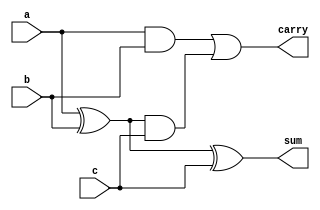
module fadd(sum,carry,a,b,c);
  output sum, carry;
  input a, b,c;
  assign sum = (a ^ b)^c;
  assign carry = a & b | (a^b)&c; 
endmodule